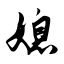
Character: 媳